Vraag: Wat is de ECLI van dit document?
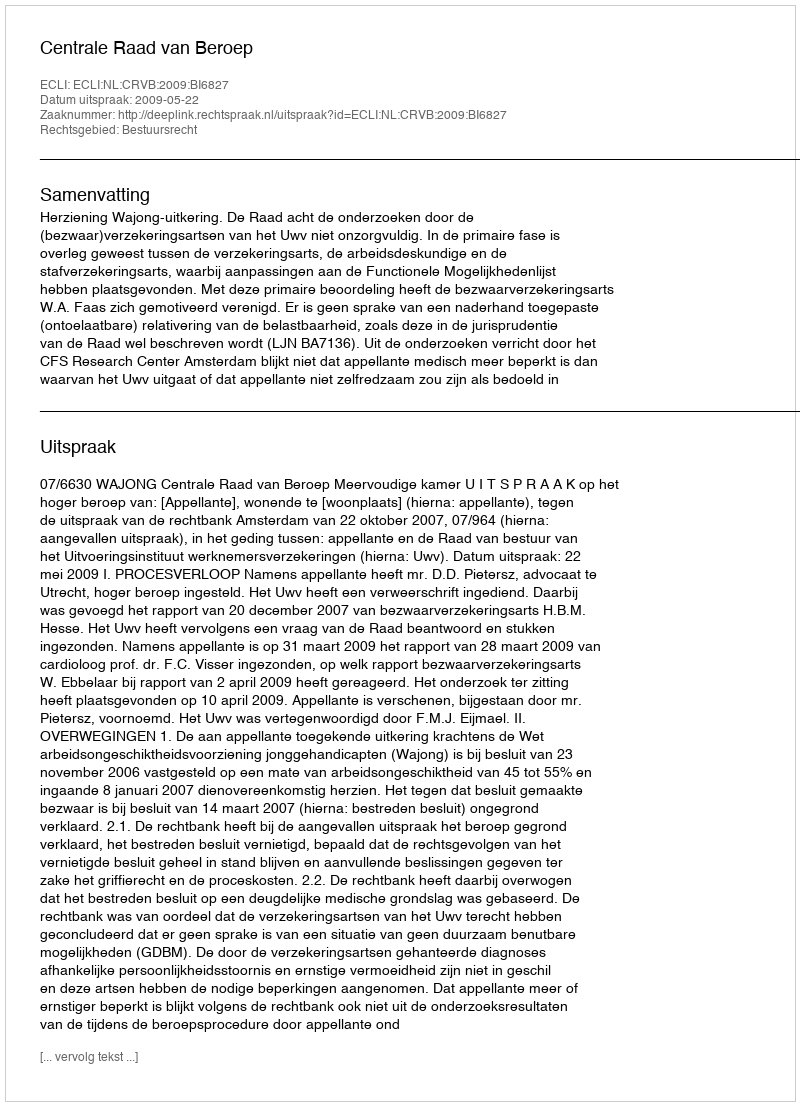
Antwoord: ECLI:NL:CRVB:2009:BI6827